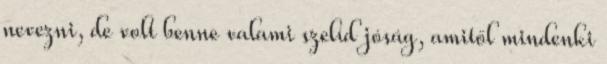
nevezni, de volt benne valami szelíd jóság, amitől mindenki